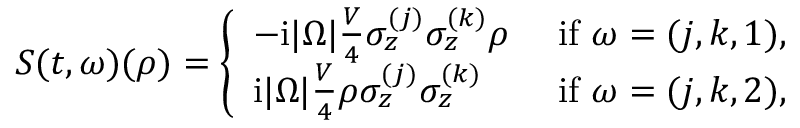
S ( t , \omega ) ( { \rho } ) = \left\{ \begin{array} { l l } { - \mathrm { i } | \Omega | \frac { V } { 4 } \sigma _ { z } ^ { ( j ) } \sigma _ { z } ^ { ( k ) } { \rho } } & { \mathrm { ~ i f ~ } \omega = ( j , k , 1 ) , } \\ { \mathrm { i } | \Omega | \frac { V } { 4 } { \rho } \sigma _ { z } ^ { ( j ) } \sigma _ { z } ^ { ( k ) } } & { \mathrm { ~ i f ~ } \omega = ( j , k , 2 ) , } \end{array} \right.